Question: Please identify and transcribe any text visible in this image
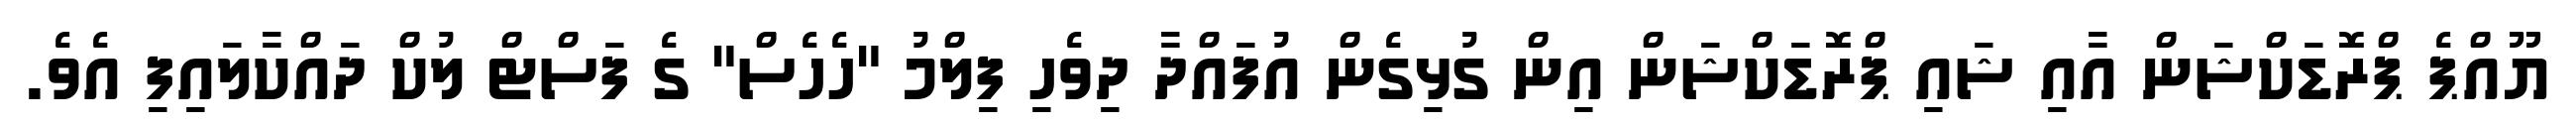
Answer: ޔޫއްޕެ ޕްރޮޑަކްޝަން އާއި ޝައި ޕްރޮޑަކްޝަން އިން ގުޅިގެން އުފައްދާ ދިވެހި ފިލްމު "ހެހެސް" ގެ ފަސްޓް ލުކް ދައްކާލައިފި އެވެ.